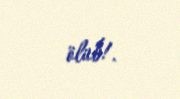
ölüb!.